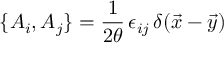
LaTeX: \{ A _ { i } , A _ { j } \} = { \frac { 1 } { 2 \theta } } \, \epsilon _ { i j } \, \delta ( \vec { x } - \vec { y } )